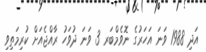
އަދި 1988 ވަނަ އަހަރުގެ ނޮވެމްބަރ 3 ވަނަ ދުވަހު ރާއްޖެއަށް ކުރިމަތިވި